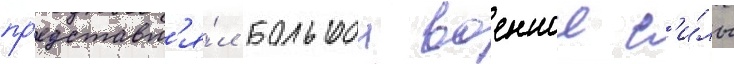
пр'едставл'я́л большои военнои с'и́лы